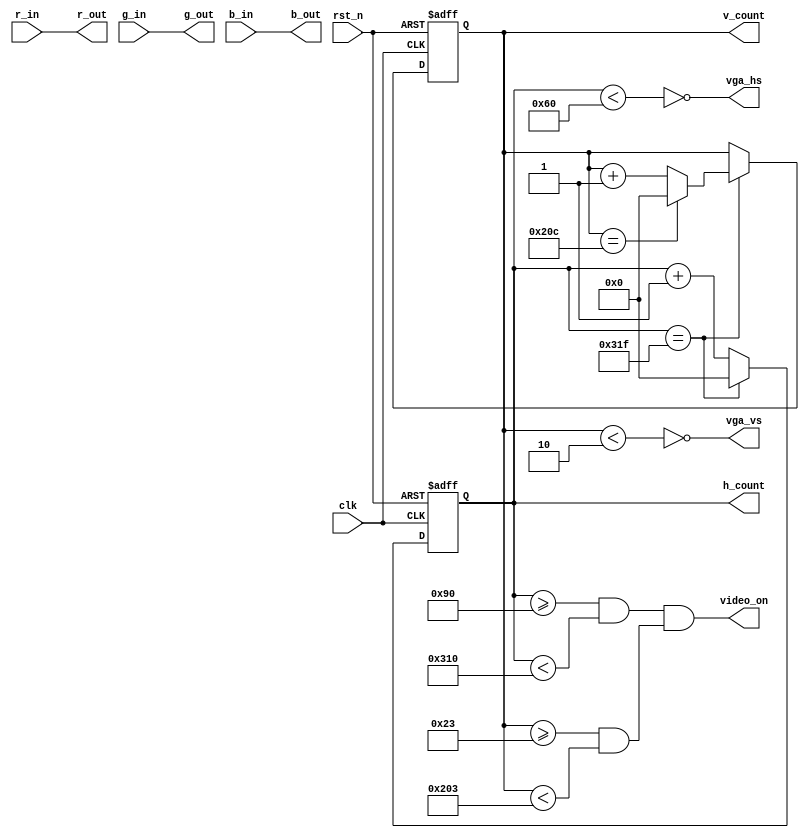
module vga_controller (
	input 				clk, rst_n,
	input 	[9:0] 	r_in,
	input 	[9:0] 	g_in,
	input 	[9:0] 	b_in,
	output 			vga_hs, vga_vs, video_on,
	output 	[9:0] 	r_out,
	output 	[9:0] 	g_out,
	output 	[9:0] 	b_out,
	
	output reg [9 : 0] h_count,
	output reg [9 : 0] v_count
);	

/*
vga_controller vga
(
	.clk, rst_n			(),
	.r_in					(),
	.g_in					(),
	.b_in					(),
	.vga_hs				(), 
	.vga_vs				(), 
	.video_on			(),
	.r_out				(),
	.g_out				(),
	.b_out				(),
	
	.h_count				(),
	.v_count				()
);	
*/
	
	parameter H_SYNC = 96;		parameter V_SYNC = 2;
   parameter H_BACK = 48;		parameter V_BACK = 33;
	parameter H_ACTIVE = 640;	parameter V_ACTIVE = 480;
	parameter H_FRONT = 16;		parameter V_FRONT = 10;
	parameter H_TOTAL = 800;	parameter V_TOTAL = 525;
	
	always @(posedge clk or negedge rst_n) begin
		if (!rst_n) begin
			h_count <= 10'b0;
			v_count <= 10'b0;
		end
		else begin
			if (h_count == H_TOTAL - 1) begin
				h_count <= 10'b0;
				v_count <= (v_count == V_TOTAL - 1) ? 10'b0 : v_count + 1'b1;
			end
			else begin
				h_count <= h_count + 1'b1;
			end
		end
	end
	
	assign vga_hs = ~(h_count < H_SYNC);
	assign vga_vs = ~(v_count < V_SYNC);
	assign video_on = (h_count >= (H_SYNC + H_BACK) && h_count < (H_SYNC + H_BACK + H_ACTIVE)) &&
							(v_count >= (V_SYNC + V_BACK) && v_count < (V_SYNC + V_BACK + V_ACTIVE));
	assign r_out = r_in;
	assign g_out = g_in;
	assign b_out = b_in;

endmodule